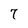
Character: 7